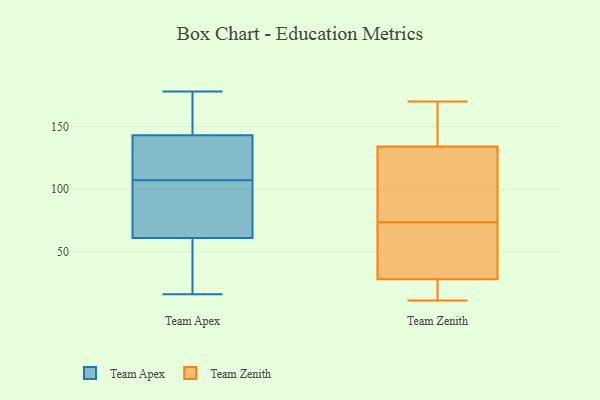
{"axis": {"x": "Operating Costs (USD K)", "y": "Value"}, "legend": ["Team Apex", "Team Zenith"], "data": [{"x": "", "y": 16, "type": "Team Apex"}, {"x": "", "y": 61, "type": "Team Apex"}, {"x": "", "y": 128, "type": "Team Apex"}, {"x": "", "y": 143, "type": "Team Apex"}, {"x": "", "y": 142, "type": "Team Apex"}, {"x": "", "y": 178, "type": "Team Apex"}, {"x": "", "y": 163, "type": "Team Apex"}, {"x": "", "y": 86, "type": "Team Apex"}, {"x": "", "y": 27, "type": "Team Apex"}, {"x": "", "y": 78, "type": "Team Apex"}, {"x": "", "y": 126, "type": "Team Zenith"}, {"x": "", "y": 33, "type": "Team Zenith"}, {"x": "", "y": 37, "type": "Team Zenith"}, {"x": "", "y": 12, "type": "Team Zenith"}, {"x": "", "y": 70, "type": "Team Zenith"}, {"x": "", "y": 157, "type": "Team Zenith"}, {"x": "", "y": 13, "type": "Team Zenith"}, {"x": "", "y": 170, "type": "Team Zenith"}, {"x": "", "y": 11, "type": "Team Zenith"}, {"x": "", "y": 65, "type": "Team Zenith"}, {"x": "", "y": 103, "type": "Team Zenith"}, {"x": "", "y": 142, "type": "Team Zenith"}, {"x": "", "y": 23, "type": "Team Zenith"}, {"x": "", "y": 170, "type": "Team Zenith"}, {"x": "", "y": 77, "type": "Team Zenith"}, {"x": "", "y": 97, "type": "Team Zenith"}]}